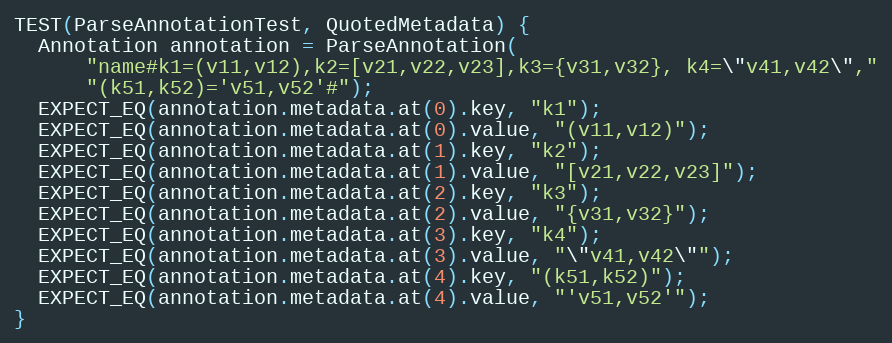
Language: C++
TEST(ParseAnnotationTest, QuotedMetadata) {
  Annotation annotation = ParseAnnotation(
      "name#k1=(v11,v12),k2=[v21,v22,v23],k3={v31,v32}, k4=\"v41,v42\","
      "(k51,k52)='v51,v52'#");
  EXPECT_EQ(annotation.metadata.at(0).key, "k1");
  EXPECT_EQ(annotation.metadata.at(0).value, "(v11,v12)");
  EXPECT_EQ(annotation.metadata.at(1).key, "k2");
  EXPECT_EQ(annotation.metadata.at(1).value, "[v21,v22,v23]");
  EXPECT_EQ(annotation.metadata.at(2).key, "k3");
  EXPECT_EQ(annotation.metadata.at(2).value, "{v31,v32}");
  EXPECT_EQ(annotation.metadata.at(3).key, "k4");
  EXPECT_EQ(annotation.metadata.at(3).value, "\"v41,v42\"");
  EXPECT_EQ(annotation.metadata.at(4).key, "(k51,k52)");
  EXPECT_EQ(annotation.metadata.at(4).value, "'v51,v52'");
}